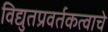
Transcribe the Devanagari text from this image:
विद्युतप्रवर्तकत्वाचे